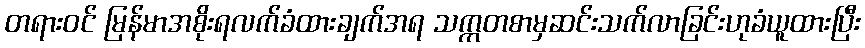
တရားဝင် မြန်မာအစိုးရလက်ခံထားချက်အရ သက္ကတစာမှဆင်းသက်လာခြင်းဟုခံယူထားပြီး